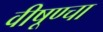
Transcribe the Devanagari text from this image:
वीषूण्चा